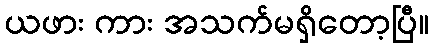
ယဖား ကား အသက်မရှိတော့ပြီ။